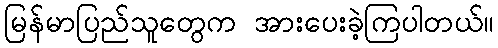
မြန်မာပြည်သူတွေက အားပေးခဲ့ကြပါတယ်။